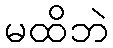
မထိဘဲ